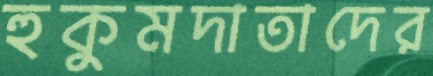
হুকুমদাতাদের